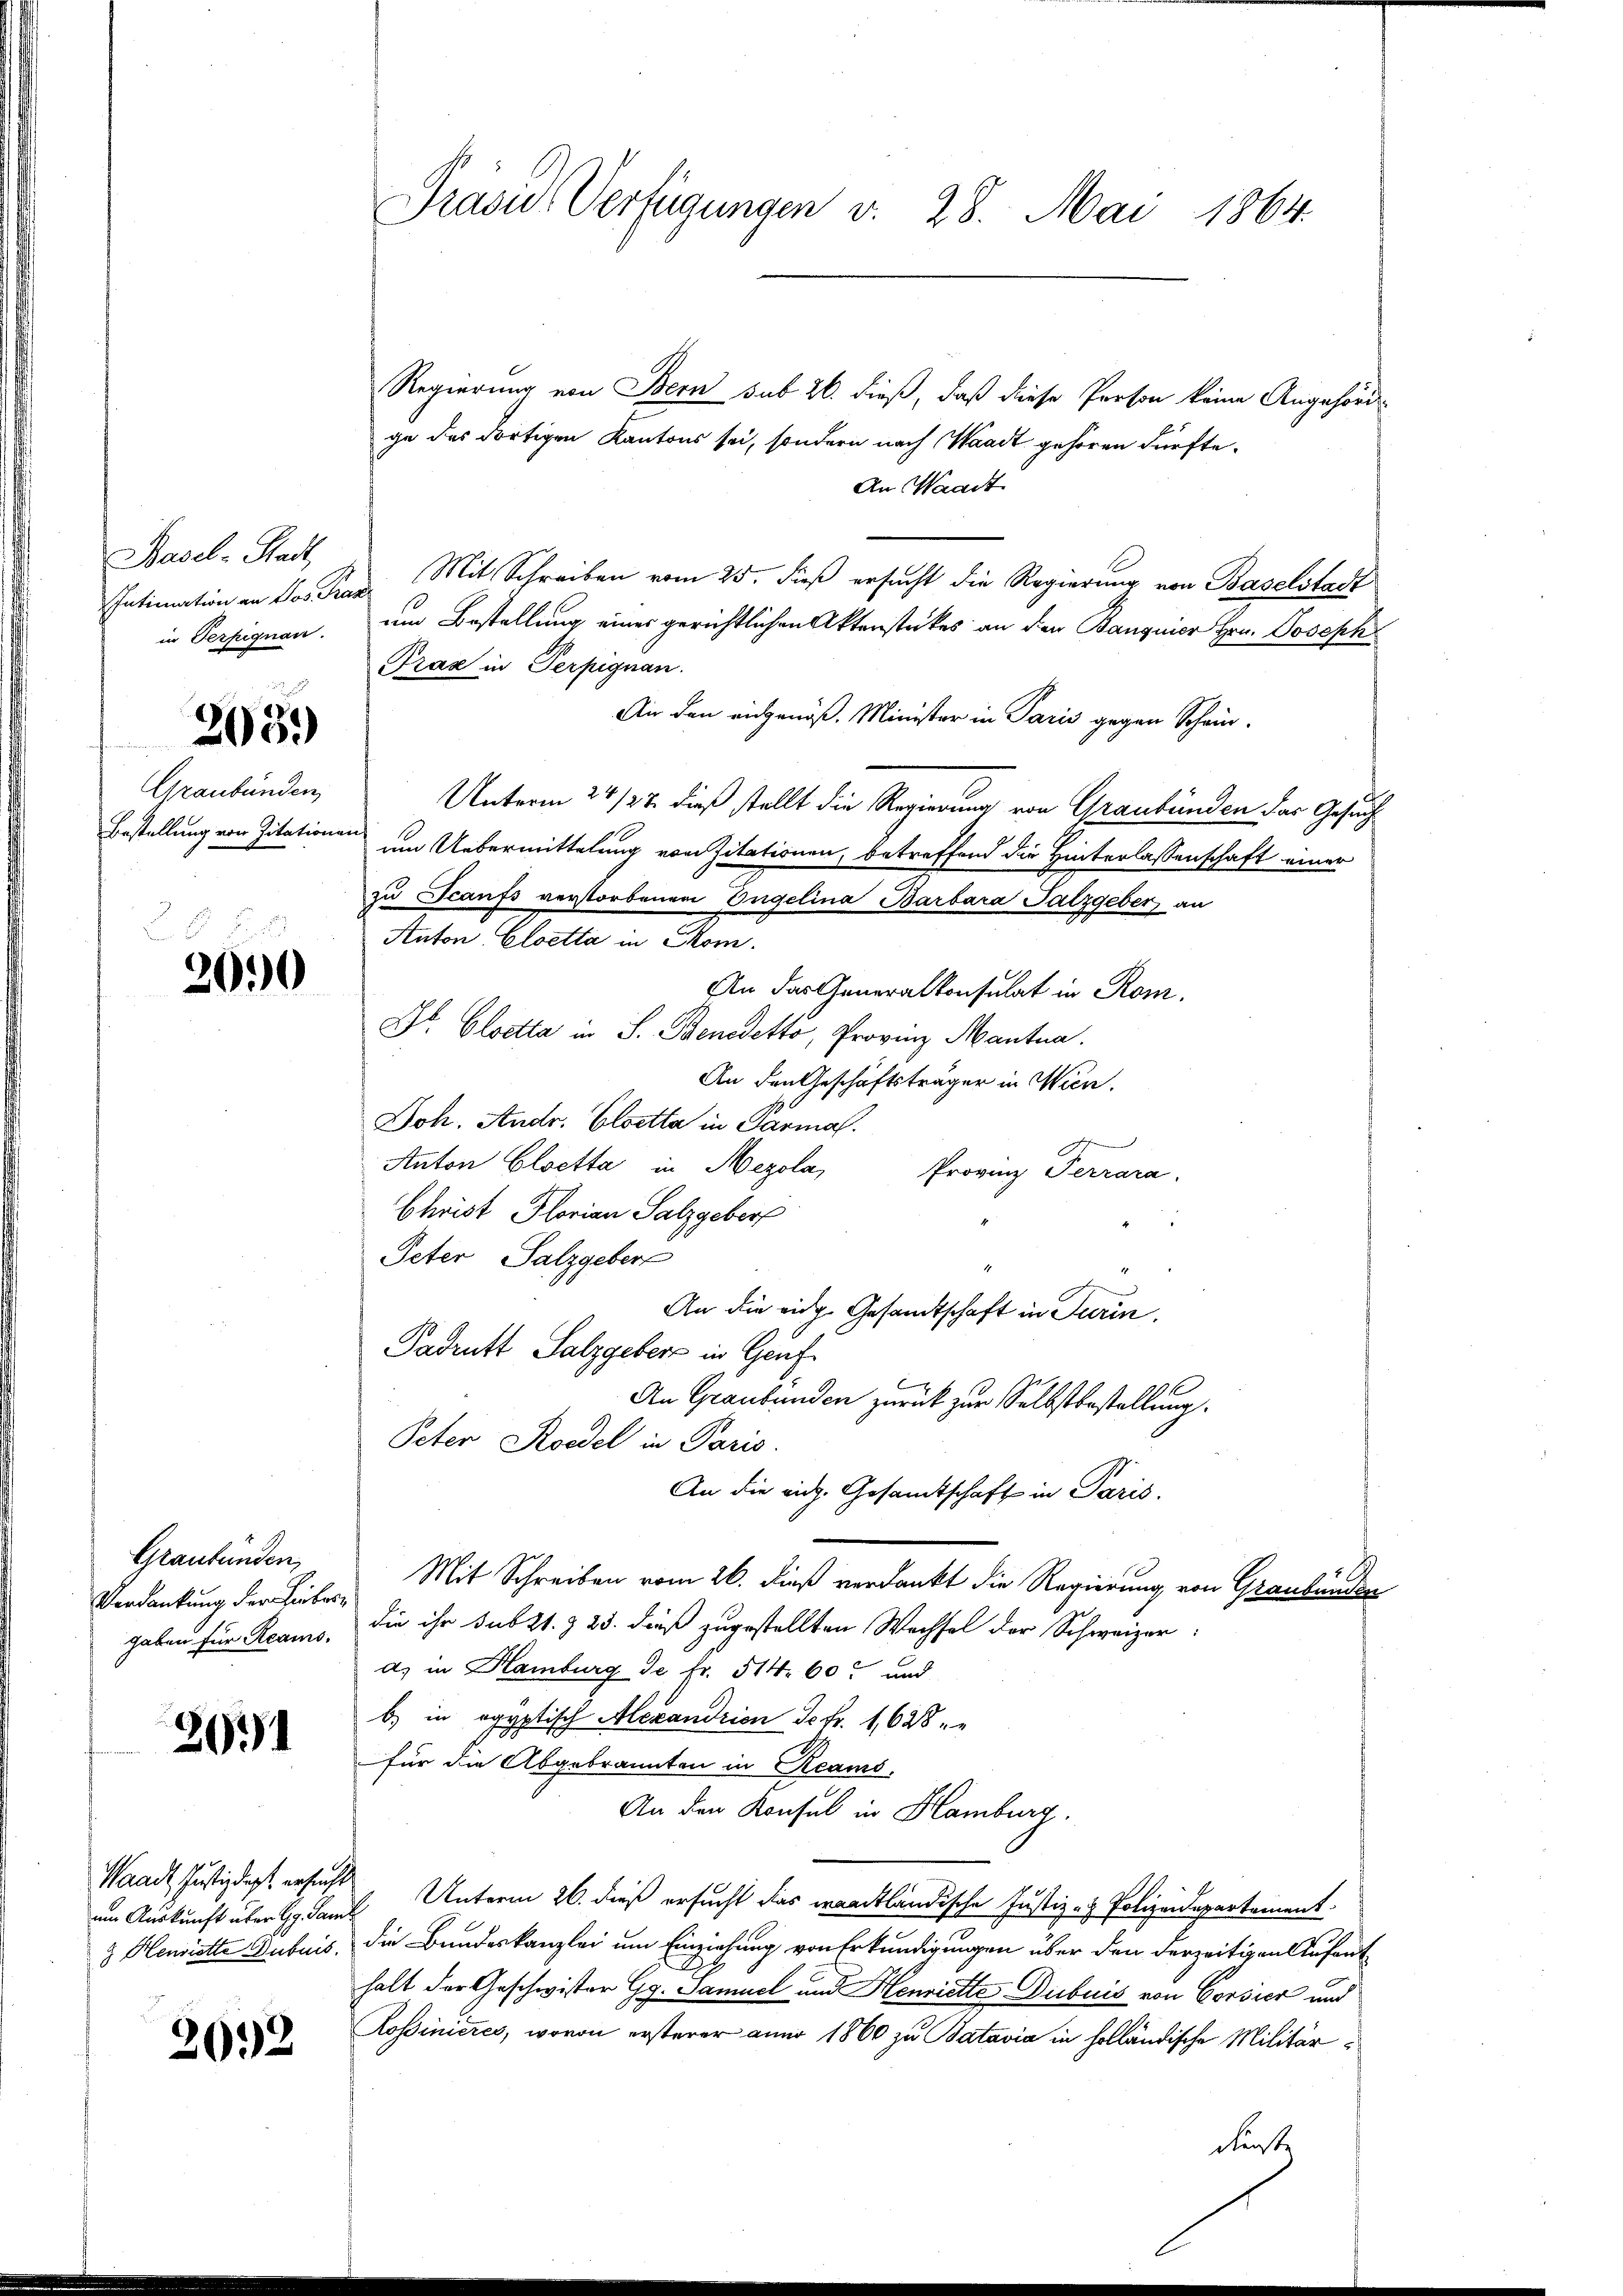
Frl. Rech
in Terpignan.

203

Graubünden,
Bestellung von Zitationen

8
2090

Graubünden,
Verdankung der Lieber
gaben für Reais.

20

Waadt, Justizdept. ersuch
um Auskunft über G. San
& Henriette Gubuis.

2092

Präsid. Verfügungen v. 28. Mai 1864.

Regierung von Bern sub 26. dieß, daß diese Person keine Angehörd
ge des dortigen Kantons sei, sondern nach Waadt gehören dürfte.
An Waadt
Entimation an das Prag Mit Schreiben vom 25. dieß ersucht die Regierung von Baselstadt
um Bestellung einer gerichtlichen Akterstückes an den Banquier Hrn. Joseph
Prag in Terpignan.
An den eidgenöß. Minister in Paris gegen Schein-
Unterm 24/22. dieß stellt die Regierung von Graubünden das Gesuch
um Uebermittelung von sitationen, betreffend die Hinterlassenschaft einer
zu Scanfs verstorbenen Engelina Barbara Salzgeber an
Anton, Cloetta in Com.
An das Generalkonsulat in Rom.
Dr. Cloetta in S. Benedetto, Provinz Mantua
An den Geschäftsträger in Wien.
Joh. Andr. Elsetta in Parmal.
t
Anton Cloetta in Mezola,
Provinz Terrara.
Christ Florian Salzgeber
Peter Salzgeber
An die eige Gesandtschaft in Turin,
Fadrutt Salzgebers in Genf¬
9
An Graubünden zurück zur Selbstbestellung.
Peter Rodel in Paris
An die eidg. Gesandtschaft in Paris.
Mit Schreiben vom 26. dieß verdankt die Regierung von Graubünden
 die ihr sub 21. & 23. dieß zugestellten Wechsel der Schweizer:
d) in Hamburg Je fr. 514. 60 und
b) in ogyptisch Alexandrien Sefr. 1628 " "
für die Abgebrannten in Reams,
An den Konsul in Hamburg.
g
i Unterm 26. dieß ersucht das waadtländische Justiz- & Polizeidepartement.
die Bundeskanzlei um Einziehung von Erkundigungen über den derzeitigen Aufent
halt der Geschwister Gg. Samuel und Henriette Dubuis von Vorsier und
Rossinieres, wovon ersterer anno 1860 zu Batavia in holländische Militär¬
Fürste